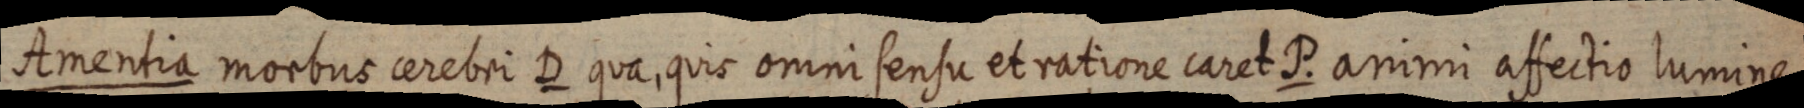
Amentia morbus cerebri D qua, quis omni sensu et ratione caret P. animi affectio lumine